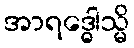
အာရဒ္ဓေါသ္မိ